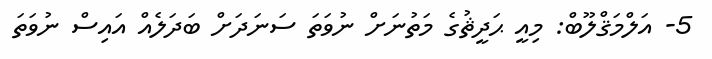
5- އަލްމަޤްލޫބް: މިއީ ޙަދީޘުގެ މަތުނަށް ނުވަތަ ސަނަދަށް ބަދަލެއް އައިސް ނުވަތަ